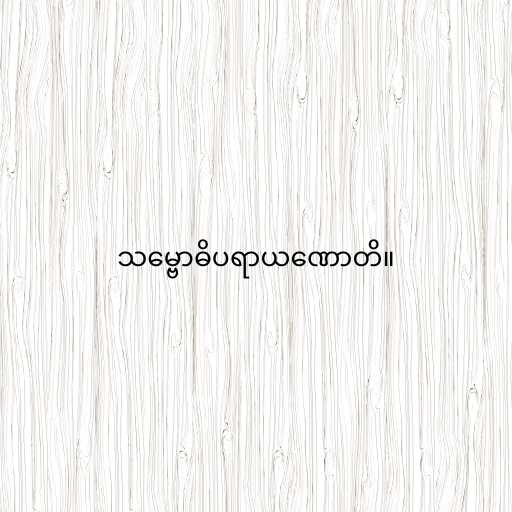
သမ္ဗောဓိပရာယဏောတိ။